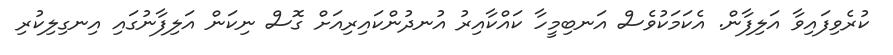
ކުރެވިފައިވާ އަލިފާން. އެކަމަކުވެސް އަނބިމީހާ ކައްކާއިރު އުނދުންކައިރިއަށް ގޮސް ނިކަން އަލިފާނުގައި އިނގިލިކުރި